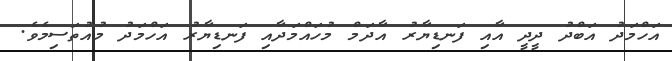
އަހްމަދު އަބްދު ދީދީ އާއި ފަނޑިޔާރު އާދަމް މުހައްމަދާއި ފަނޑިޔާރު އަހްމަދު މުއުތަސިމެވެ.